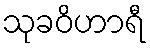
သုခဝိဟာရီ